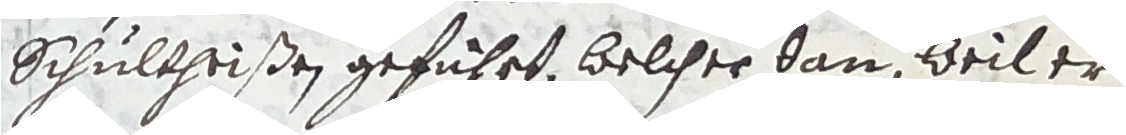
schultheißen geführt, welcher dan weil er